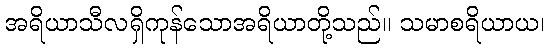
အရိယာသီလရှိကုန်သောအရိယာတို့သည်။ သမာစရိယာယ၊